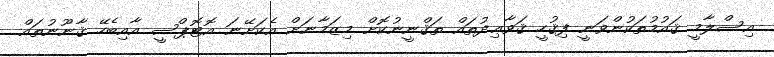
އިސްލާމީ ޤައުމުތަކުންވަނީ ފިޤުހީ ޤަވާޢިދުތައް ތަޤްނީނުކޮށް މިޒަމާނަށް އެކަށޭނަ އޮޓޮޕްސީ އާއިބެހޭ ޤާނޫނުތައް